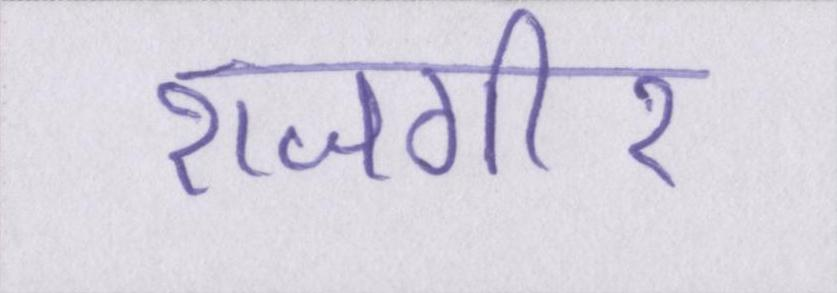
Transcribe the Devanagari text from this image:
राजगीर